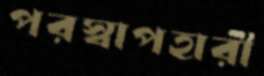
পরস্বাপহারী